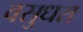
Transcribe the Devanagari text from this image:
वसुधरा